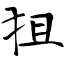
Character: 狙